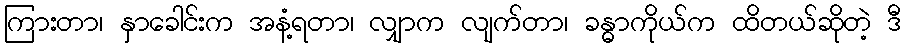
ကြားတာ၊ နှာခေါင်းက အနံ့ရတာ၊ လျှာက လျက်တာ၊ ခန္ဓာကိုယ်က ထိတယ်ဆိုတဲ့ ဒီ